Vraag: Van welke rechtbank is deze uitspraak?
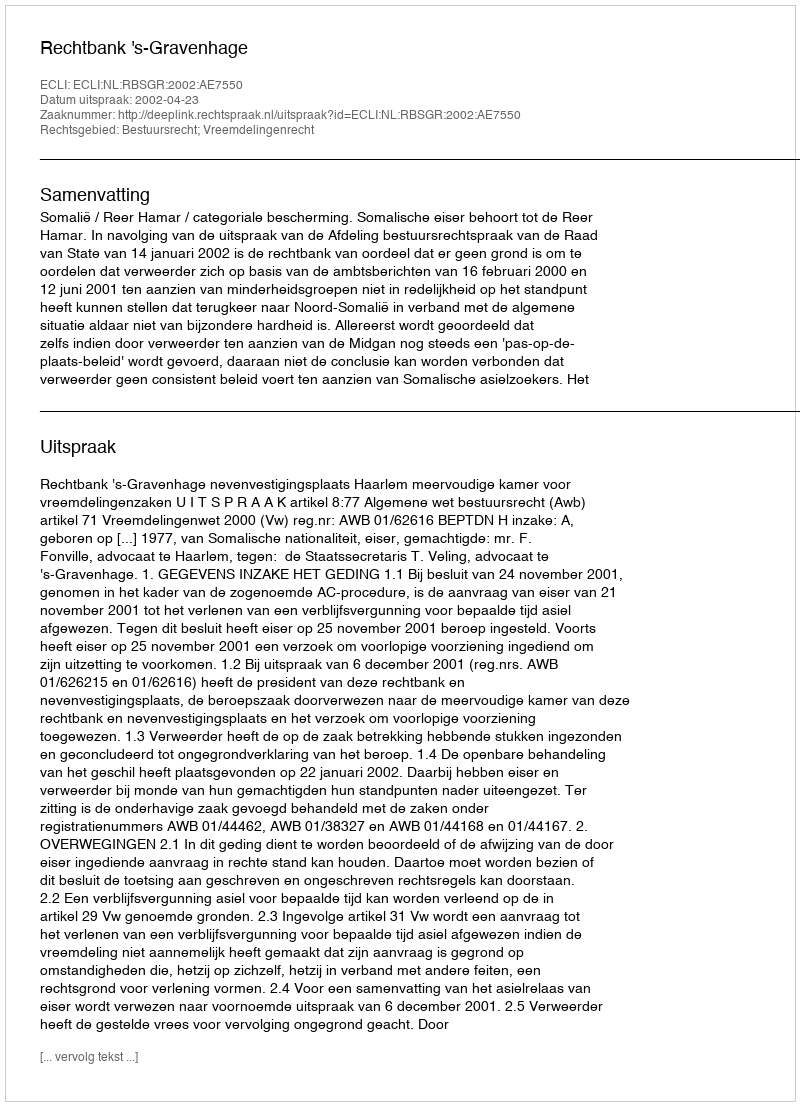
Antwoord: Rechtbank 's-Gravenhage